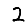
Digit: 2